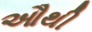
ઔથી